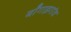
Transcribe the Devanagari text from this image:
बॉँगाइगांव